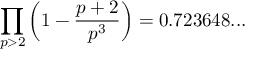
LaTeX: \prod _ { p > 2 } \left( 1 - { \frac { p + 2 } { p ^ { 3 } } } \right) = 0 . 7 2 3 6 4 8 . . .